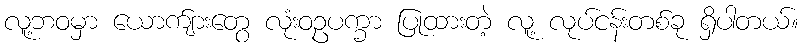
လူ့ဘဝမှာ ယောက်ျားတွေ လုံးဝဥပက္ခာ ပြုထားတဲ့ လူ့ လုပ်ငန်းတစ်ခု ရှိပါတယ်။